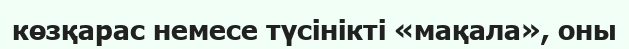
көзқарас немесе түсінікті «мақала», оны